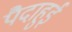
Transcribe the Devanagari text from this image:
पैदाहुई